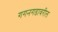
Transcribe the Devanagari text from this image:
गगनगडावरील